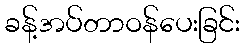
ခန့်အပ်တာဝန်ပေးခြင်း